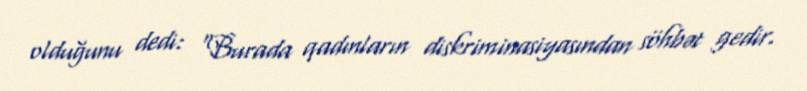
olduğunu dedi: “Burada qadınların diskriminasiyasından söhbət gedir.